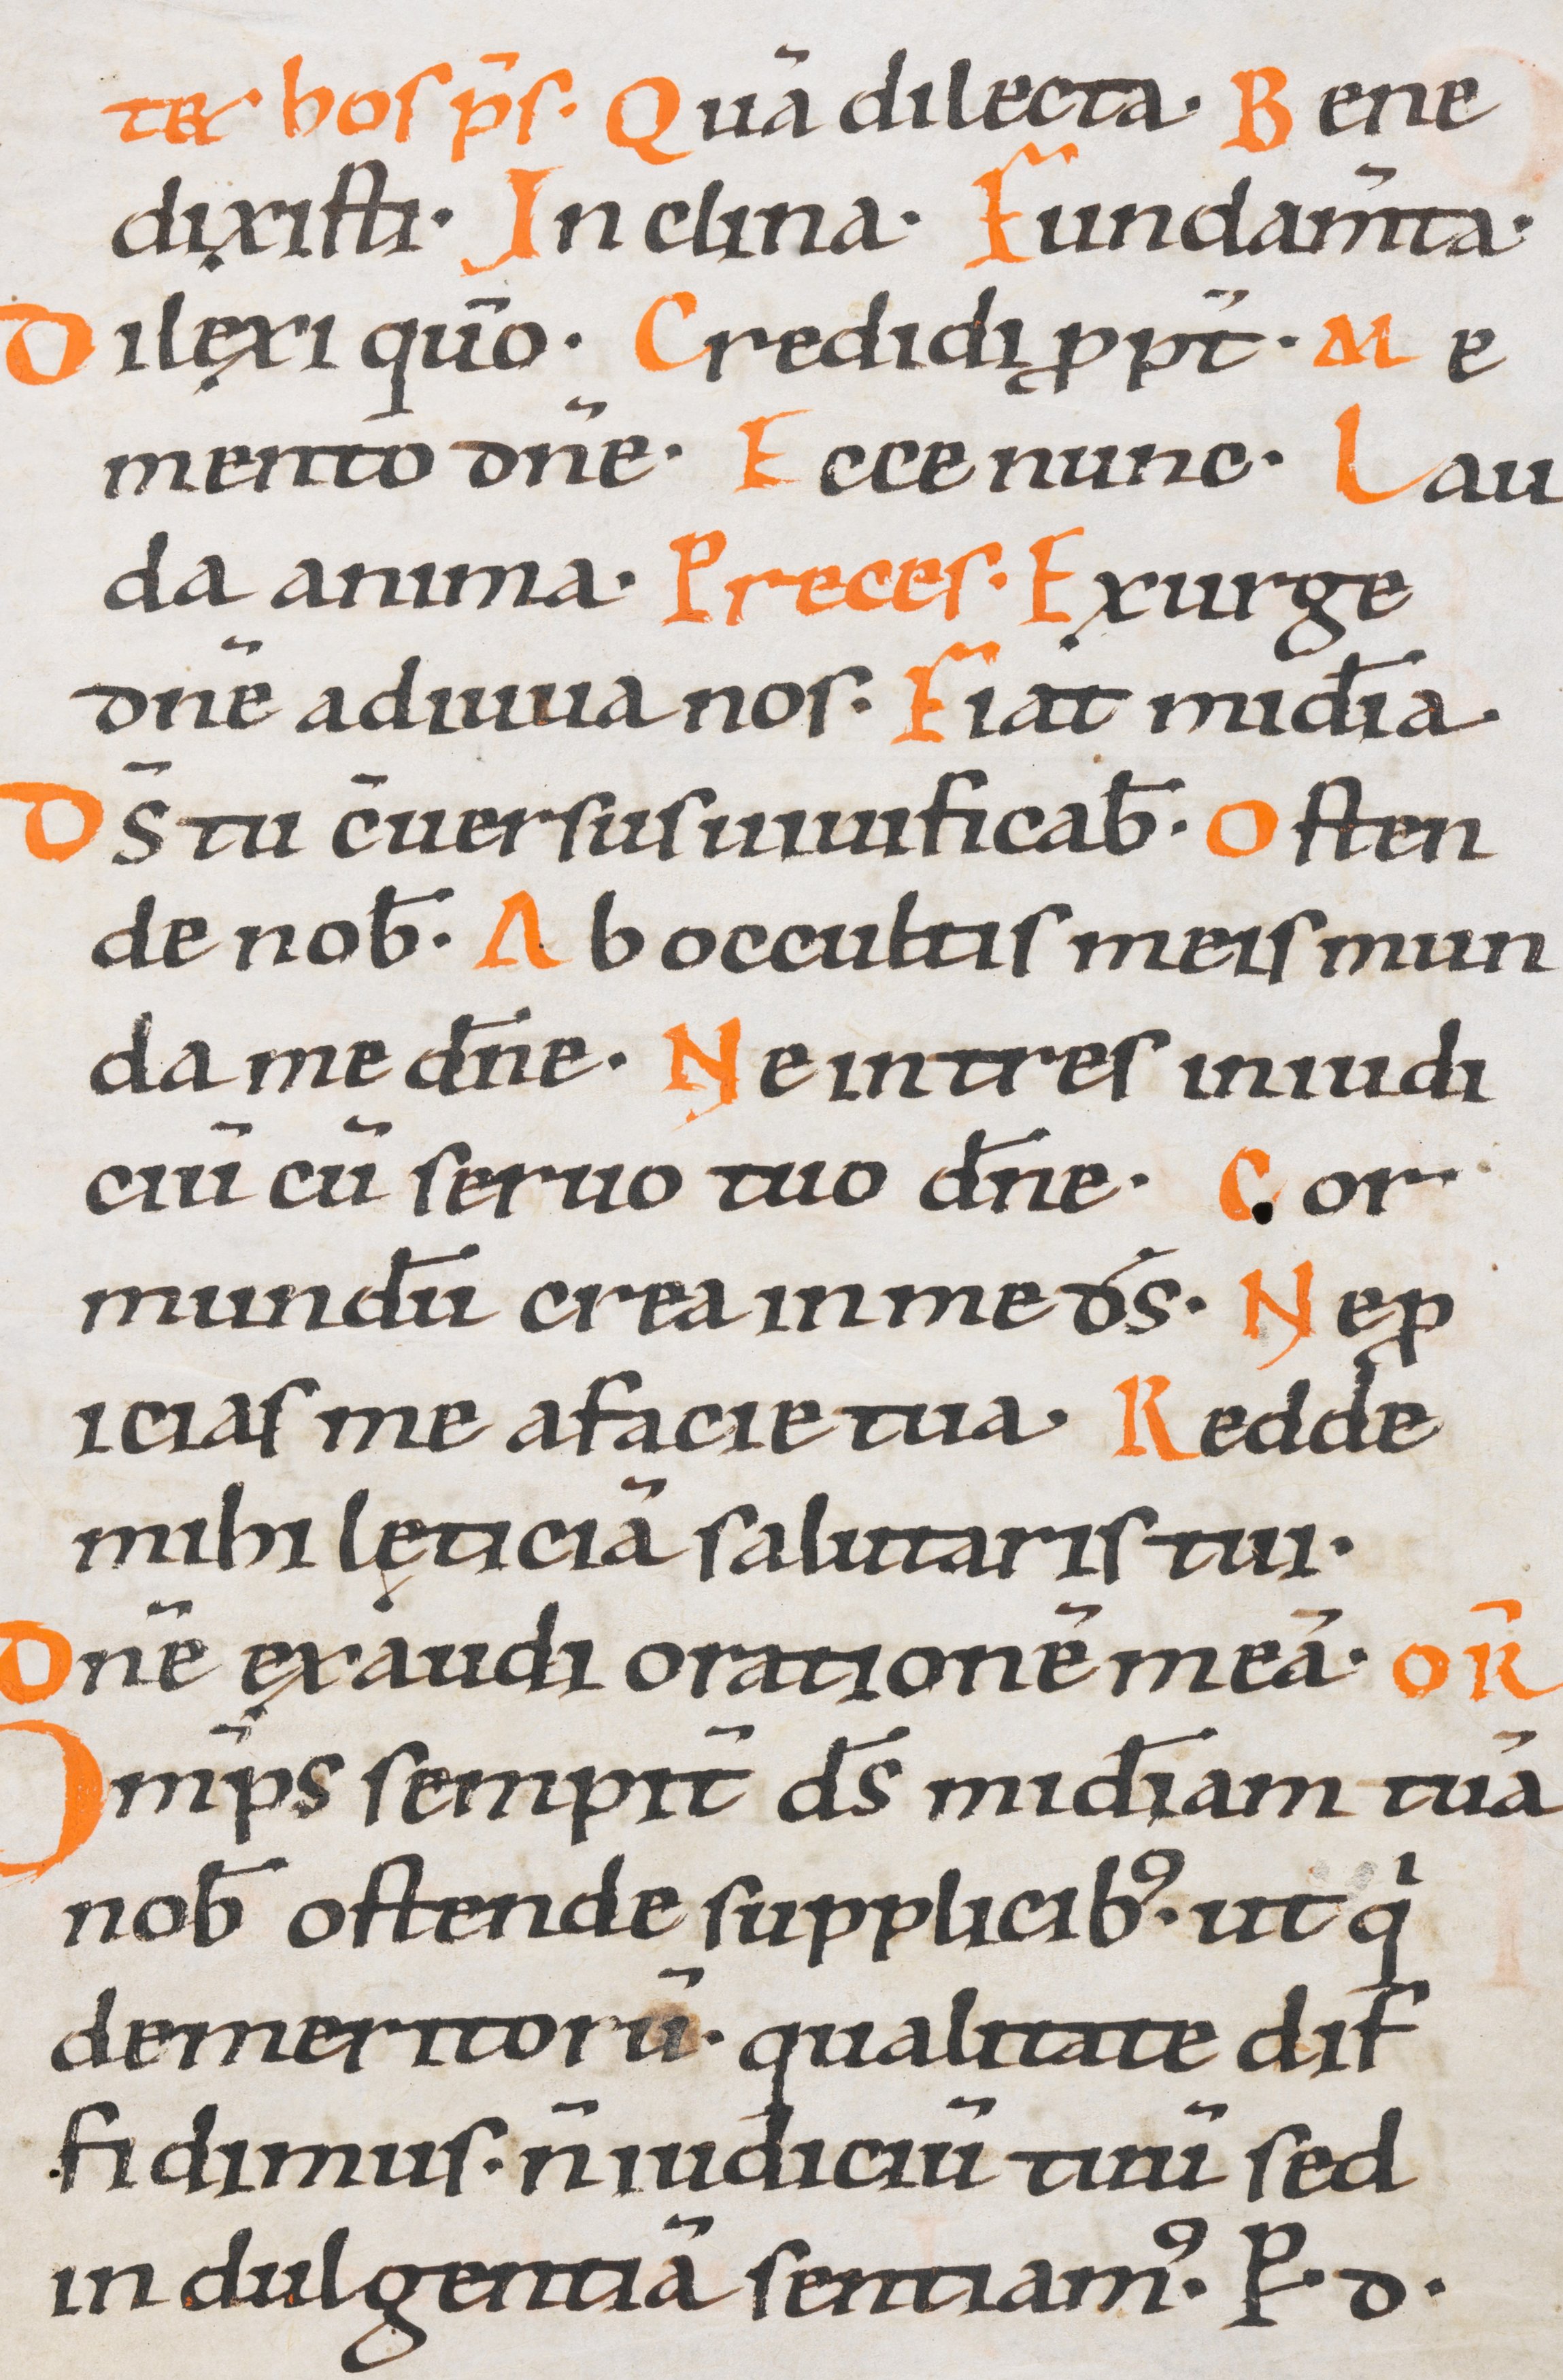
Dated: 1000–1099